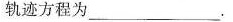
轨迹方程为___.